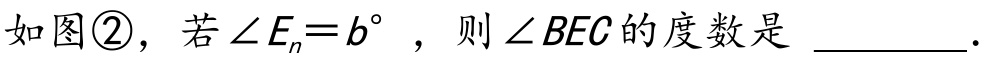
如图\textcircled{2}，若\(\angle E_{n}=b^{\circ}\) ，则\(\angle BEC\)的度数是 _________.